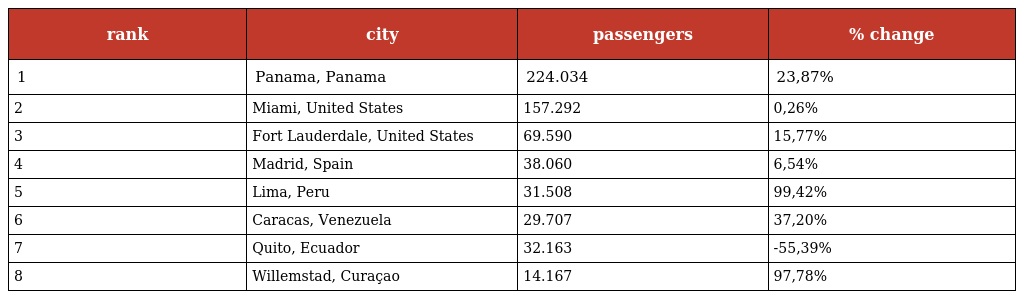
| rank | city | passengers | % change |
 | --- | --- | --- | --- |
 | 1 | Panama, Panama | 224.034 | 23,87% |
 | 2 | Miami, United States | 157.292 | 0,26% |
 | 3 | Fort Lauderdale, United States | 69.590 | 15,77% |
 | 4 | Madrid, Spain | 38.060 | 6,54% |
 | 5 | Lima, Peru | 31.508 | 99,42% |
 | 6 | Caracas, Venezuela | 29.707 | 37,20% |
 | 7 | Quito, Ecuador | 32.163 | -55,39% |
 | 8 | Willemstad, Curaçao | 14.167 | 97,78% |